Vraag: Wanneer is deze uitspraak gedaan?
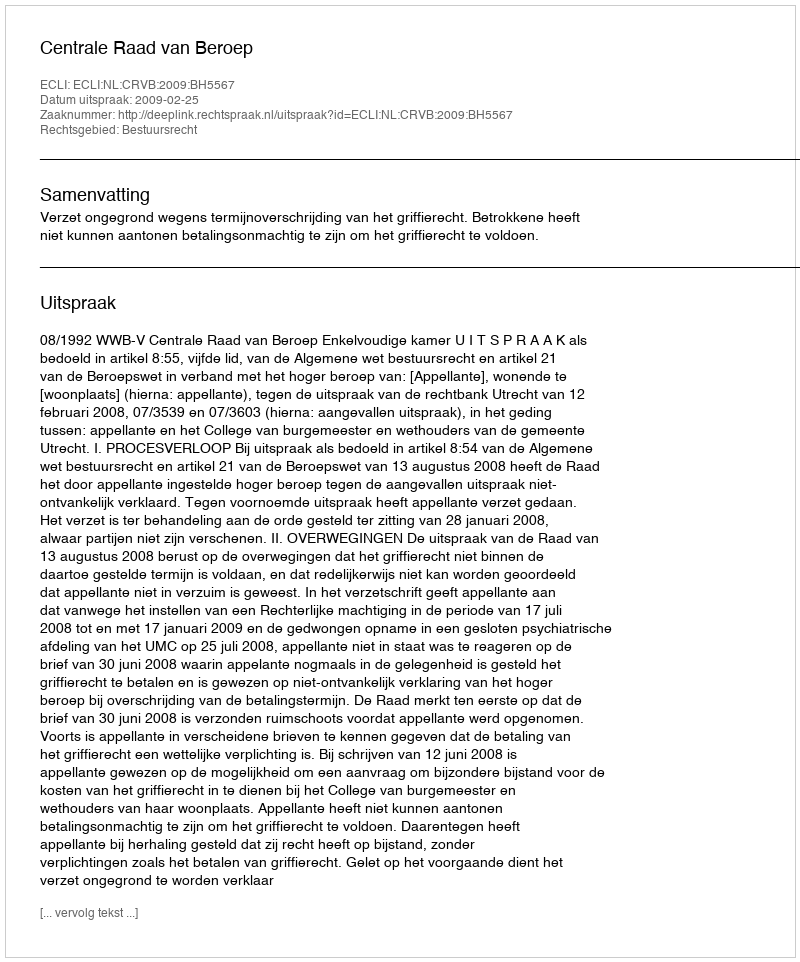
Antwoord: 2009-02-25